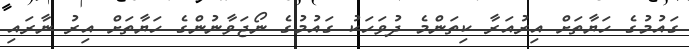
ގައުމުގެ ހަޔާތަށް އިރުއަރާ ކިތަންމެ ދުވަހަކު ގައުމުގެ ނޯޖަވާނުންގެ ހަޔާތަށް އިރު ނާރައި